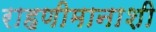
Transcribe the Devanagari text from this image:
राहणीमानाशी